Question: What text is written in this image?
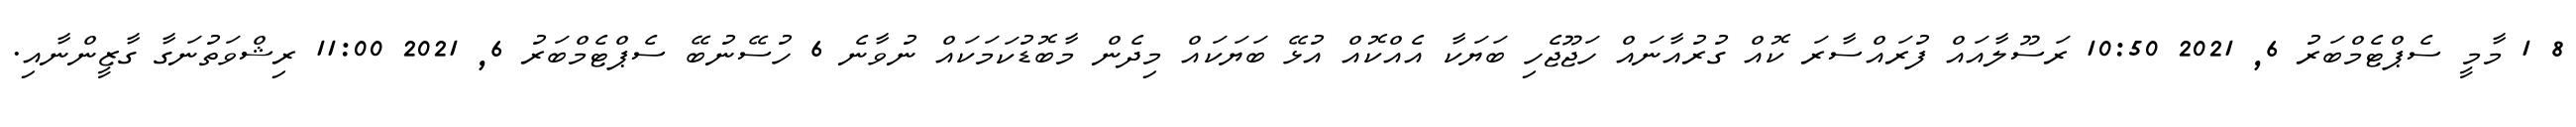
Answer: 8 1 މާމީ ސެޕްޓެމްބަރު 6, 2021 10:50 ރަސޫލާއައް ފުރައްސާރަ ކޮއް ގުރުއާނައް ހަޖޫޖެހި ބަޔަކާ އެއްކޮއް އުޅޭ ބަޔަކައް މިދެން މާބޮޑުކަމަކައް ނުވާނެ 6 ހުސޭނުބޭ ސެޕްޓެމްބަރު 6, 2021 11:00 ރިޝްވަތުނަގާ ގާޒީންނާއި.